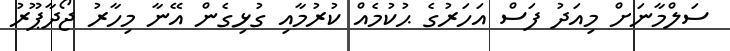
ސަލްމާނަށް މިއަދު ފަސް އަހަރުގެ ޙުކުމެއް ކުރުމާއި ގުޅިގެން އޭނާ މިހާރު ޖޯދާޕޫރު